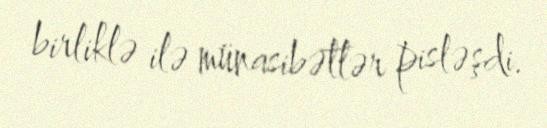
birliklə ilə münasibətlər pisləşdi.